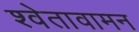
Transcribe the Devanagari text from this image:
श्वेतावामन